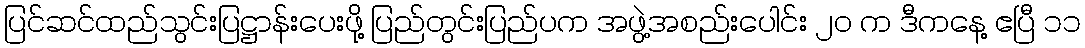
ပြင်ဆင်ထည်သွင်းပြဋ္ဌာန်းပေးဖို့ ပြည်တွင်းပြည်ပက အဖွဲ့အစည်းပေါင်း ၂၀ က ဒီကနေ့ ဧပြီ ၁၁